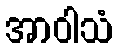
အာဝါသံ